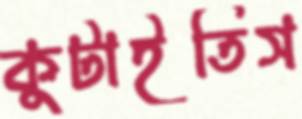
কুটাইতিস